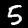
Label: 5